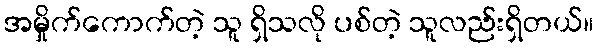
အမှိုက်ကောက်တဲ့ သူ ရှိသလို ပစ်တဲ့ သူလည်းရှိတယ်။